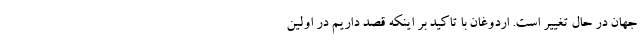
جهان در حال تغییر است. اردوغان با تاکید بر اینکه قصد داریم در اولین